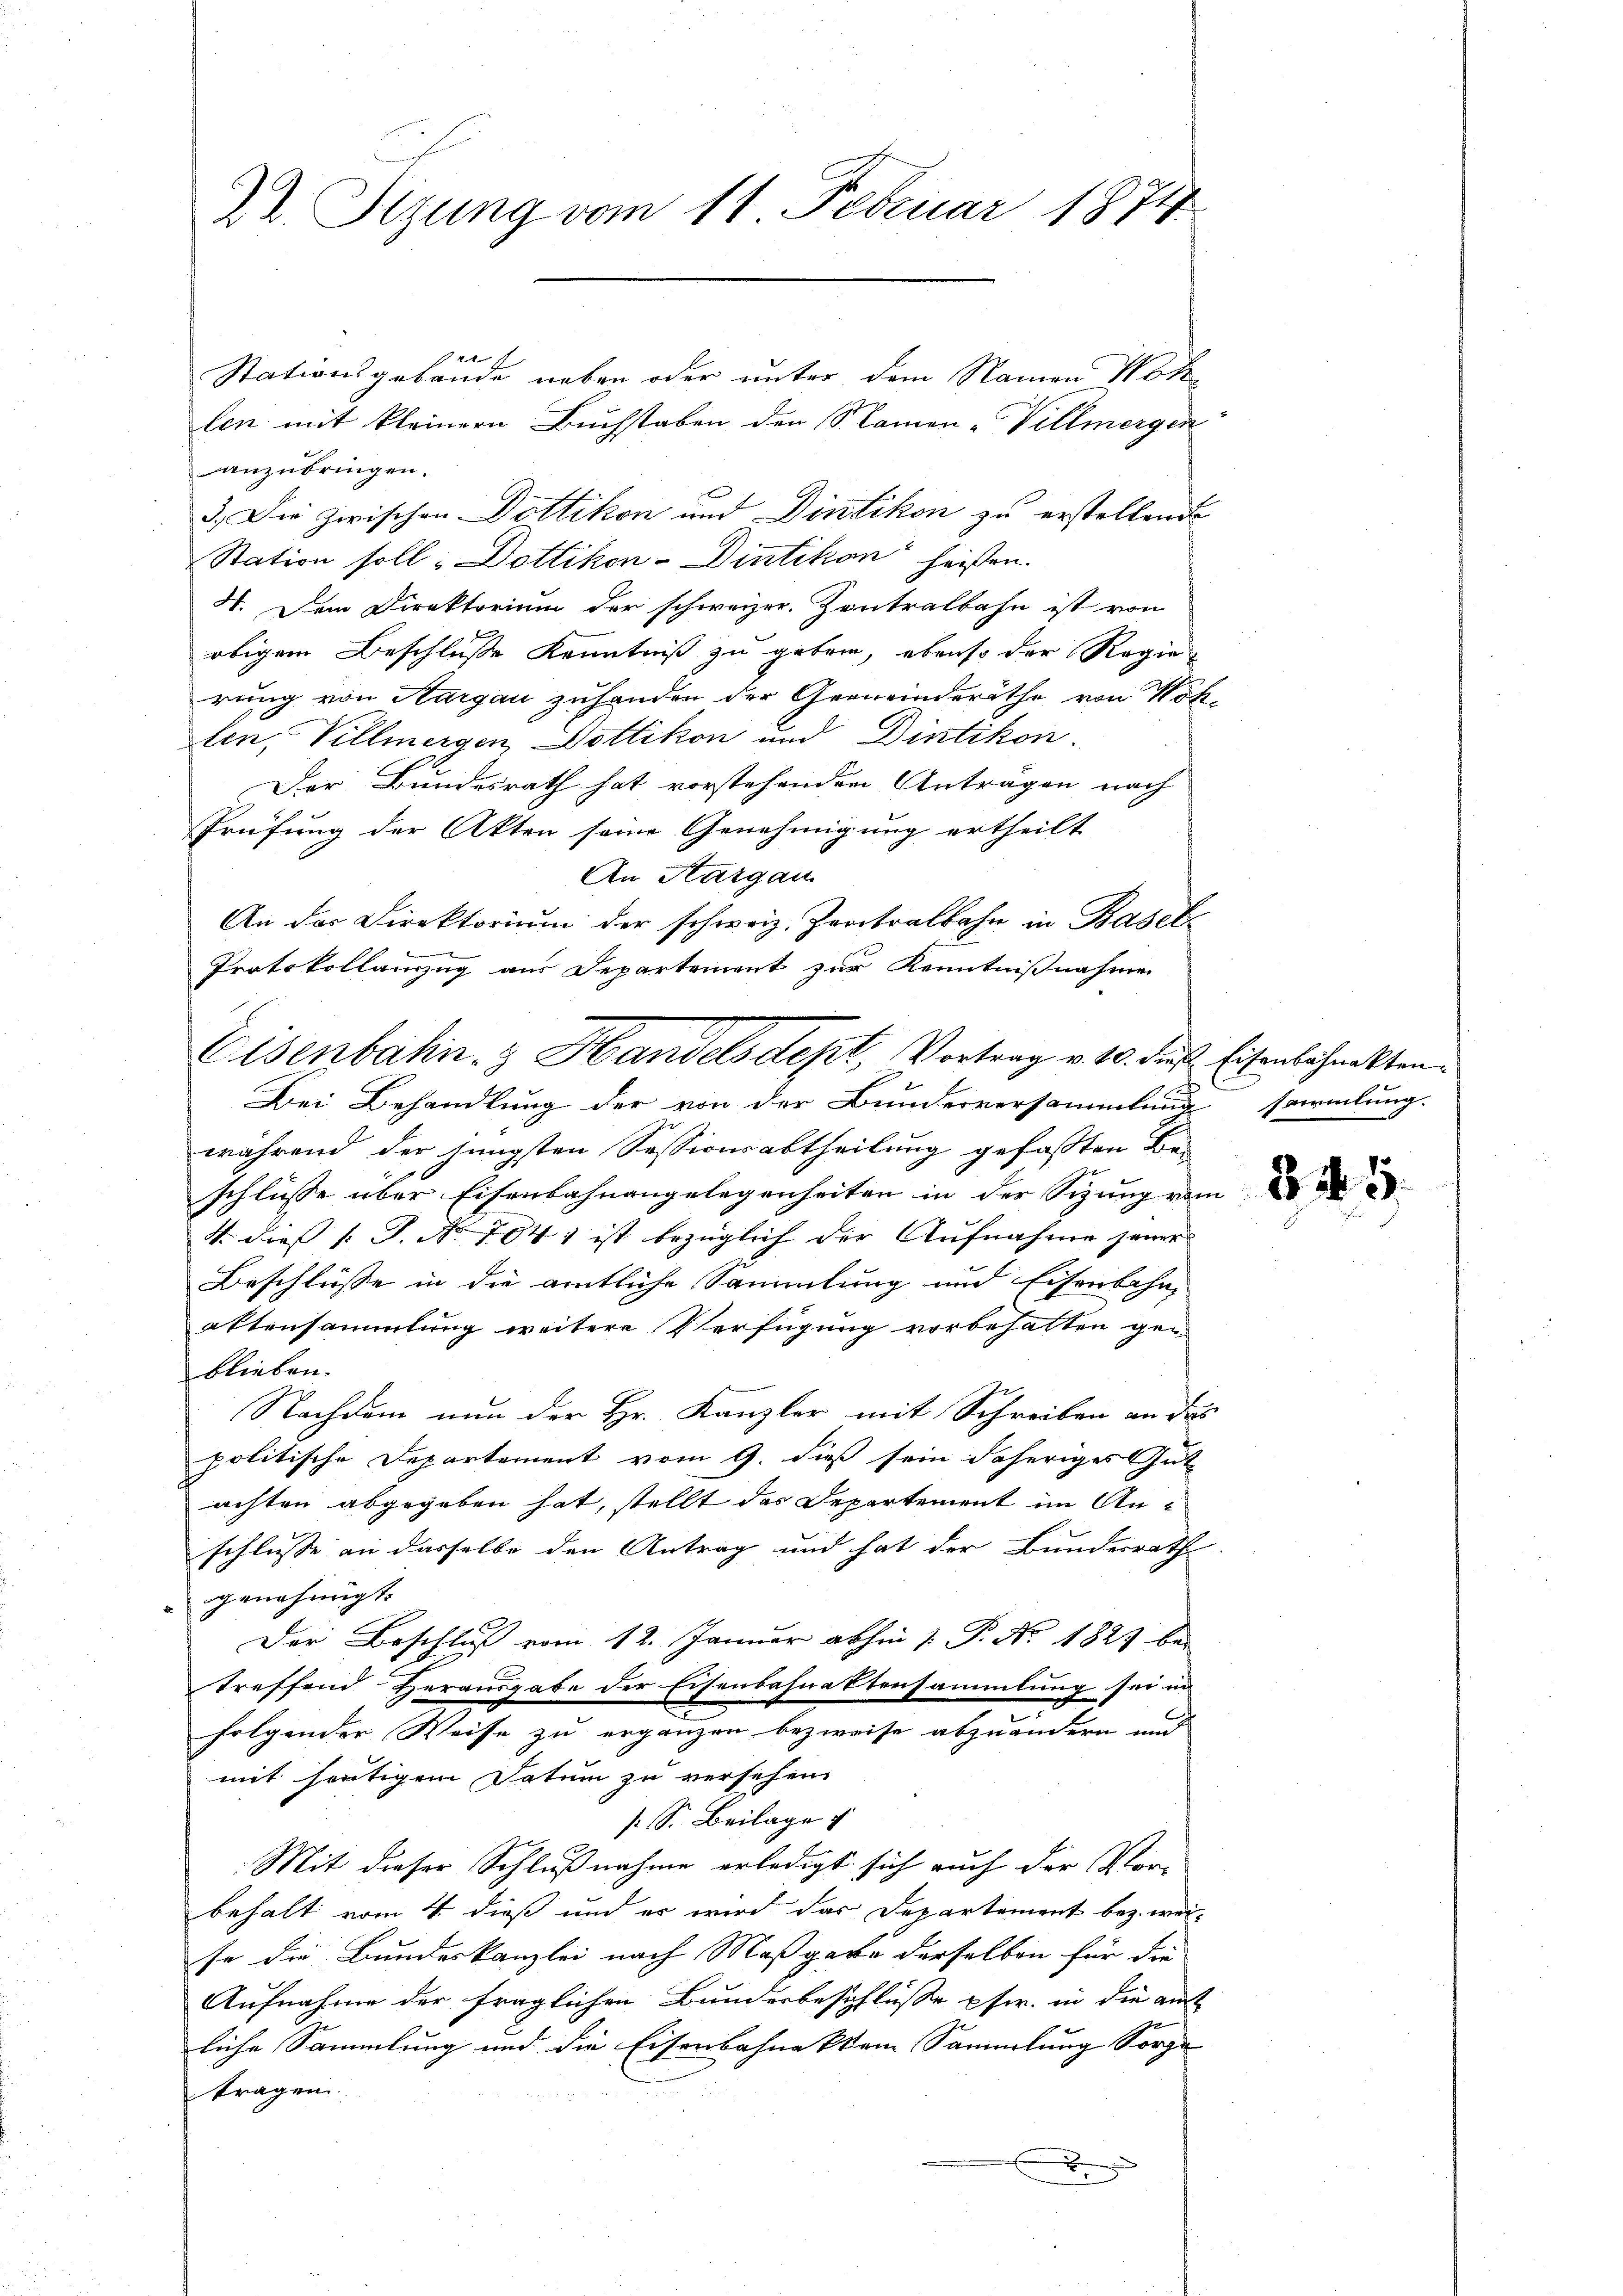
Dr. Sitzung vom 11. Februar 1874

Stationsgebäude neben oder unter dem Namen Not
len mit kleinern Buchstaben den (S. kamen -Villmergen
anzubringen.
3. Die zwischen Dottikon und Dintikon zu erstellende
Station soll: Dottikon-Dietikon heißen.
H. Dem Direktorium der schweizer. Zentralbahn ist von
obigem Beschluße Kenntniß zu geben, ebenso der Regie
rung von Aargau zuhanden der Gemeinderäthe von Wölfen, Villmergen Dottikon und Dietikon.
Der Bundesrath hat vorstehenden Anträgen nach
Prüfung der Akten seine Genehmigung ertheilt
An Thurgau
An der Direktorium der schweiz. Zentralbahn in Basel-

Protokollanzug aus Departement zur Kenntnißnahme

e

Bei Behandlung der von der Bunderversammlung sammlung.
während der jüngsten Sessionsabtheilung gefassten Be-
schlüsse über Eisenbahnangelegenheiten in der Sitzung vom
V. Dies [S. Nr. 784, ist bezüglich der Aufnahme jener
Beschlüsse in die amtliche Sammlung und Eisenbahn-
aktensammlung weitere Verfügung vorbehalten ge-
blieben.
Nachdem nun der Hr. Kanzler mit Schreiben an das
politische Departement vom 9. dieß sein daheriges Gut-
achten abgegeben hat, stellt das Departement im Anschlusse an dasselbe den Antrag und hat der Bundesrath
genehmigt.
Der Beschluß vom 12. Januar abhin 1. P. No. 1823 bei
treffend Herausgabe der Eisenbahnaktensammlung sei in
e
folgender Weise zu ergänzen bezweife abzuändern und |
mit heutigem Datum zu versehen.
[S. Beilage
Mit dieser Schlußnahme erledigt sich auch der Vorbehalt vom 4. dieß und er wird das Departement bez. wei-
se die Bundeskanzlei nach Maßgabe derselben für die
Aufnahme der fraglichen Bundesbeschlusse pfwr. in die amt
liche Sammlung und die Eisenbahne kein Sammlung Sorge- |
tragen
x

Eisenbahn- & Handelsdept, Vortrag v. 10. des Eisenbahnakten.

s

B. Nr. 9.